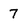
Character: 7